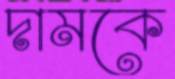
দামকে